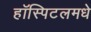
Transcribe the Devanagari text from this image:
हॉस्पिटलमधे